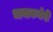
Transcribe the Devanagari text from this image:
चावाकचेरी